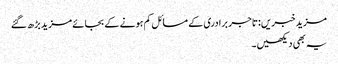
مزید خبریں:تاجر برادری کے مسائل کم ہونے کے بجائے مزید بڑھ گئے
یہ بھی دیکھیں۔